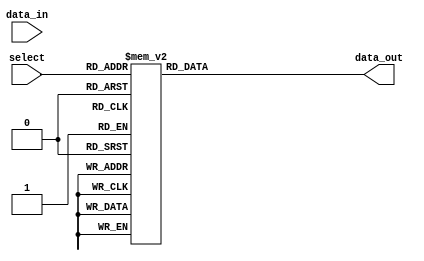
module demux_1to8 (
    input wire [2:0] select,
    input wire data_in,
    output reg [7:0] data_out
);

always @(select or data_in)
begin
    case (select)
        3'b000 : data_out = 8'b00000001;
        3'b001 : data_out = 8'b00000010;
        3'b010 : data_out = 8'b00000100;
        3'b011 : data_out = 8'b00001000;
        3'b100 : data_out = 8'b00010000;
        3'b101 : data_out = 8'b00100000;
        3'b110 : data_out = 8'b01000000;
        3'b111 : data_out = 8'b10000000;
        default: data_out = 8'b00000000;
    endcase
end

endmodule